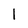
Character: 1